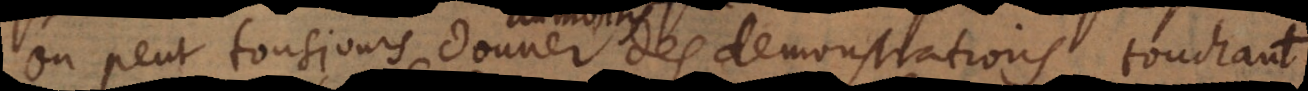
on peut tousjours donner des demonstrations touchant